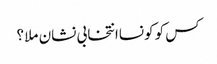
کس کو کونساانتخابی نشان ملا ؟